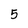
Character: 5